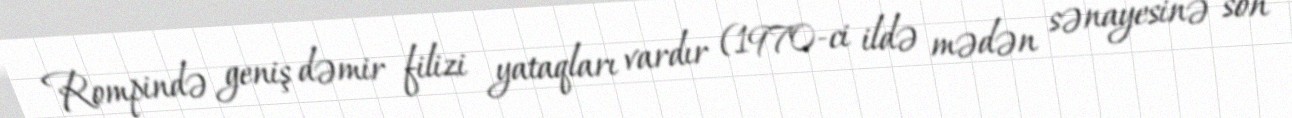
Rompində geniş dəmir filizi yataqları vardır (1970-ci ildə mədən sənayesinə son